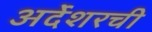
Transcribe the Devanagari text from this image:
अर्देशरची